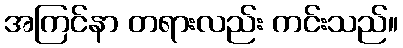
အကြင်နာ တရားလည်း ကင်းသည်။